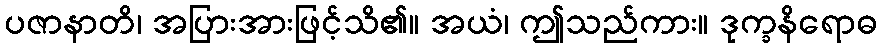
ပဇာနာတိ၊ အပြားအားဖြင့်သိ၏။ အယံ၊ ဤသည်ကား။ ဒုက္ခနိရောဓ